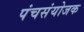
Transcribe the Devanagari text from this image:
पंचसंयोजक